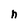
Character: n